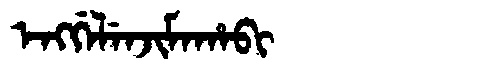
Manchu: ᡝᠩᡤᡝᠯᡝᠨᠵᡳᠮᠠᡥᠠᠪᡳ
Romanization: ENGGELENJIMAHABI